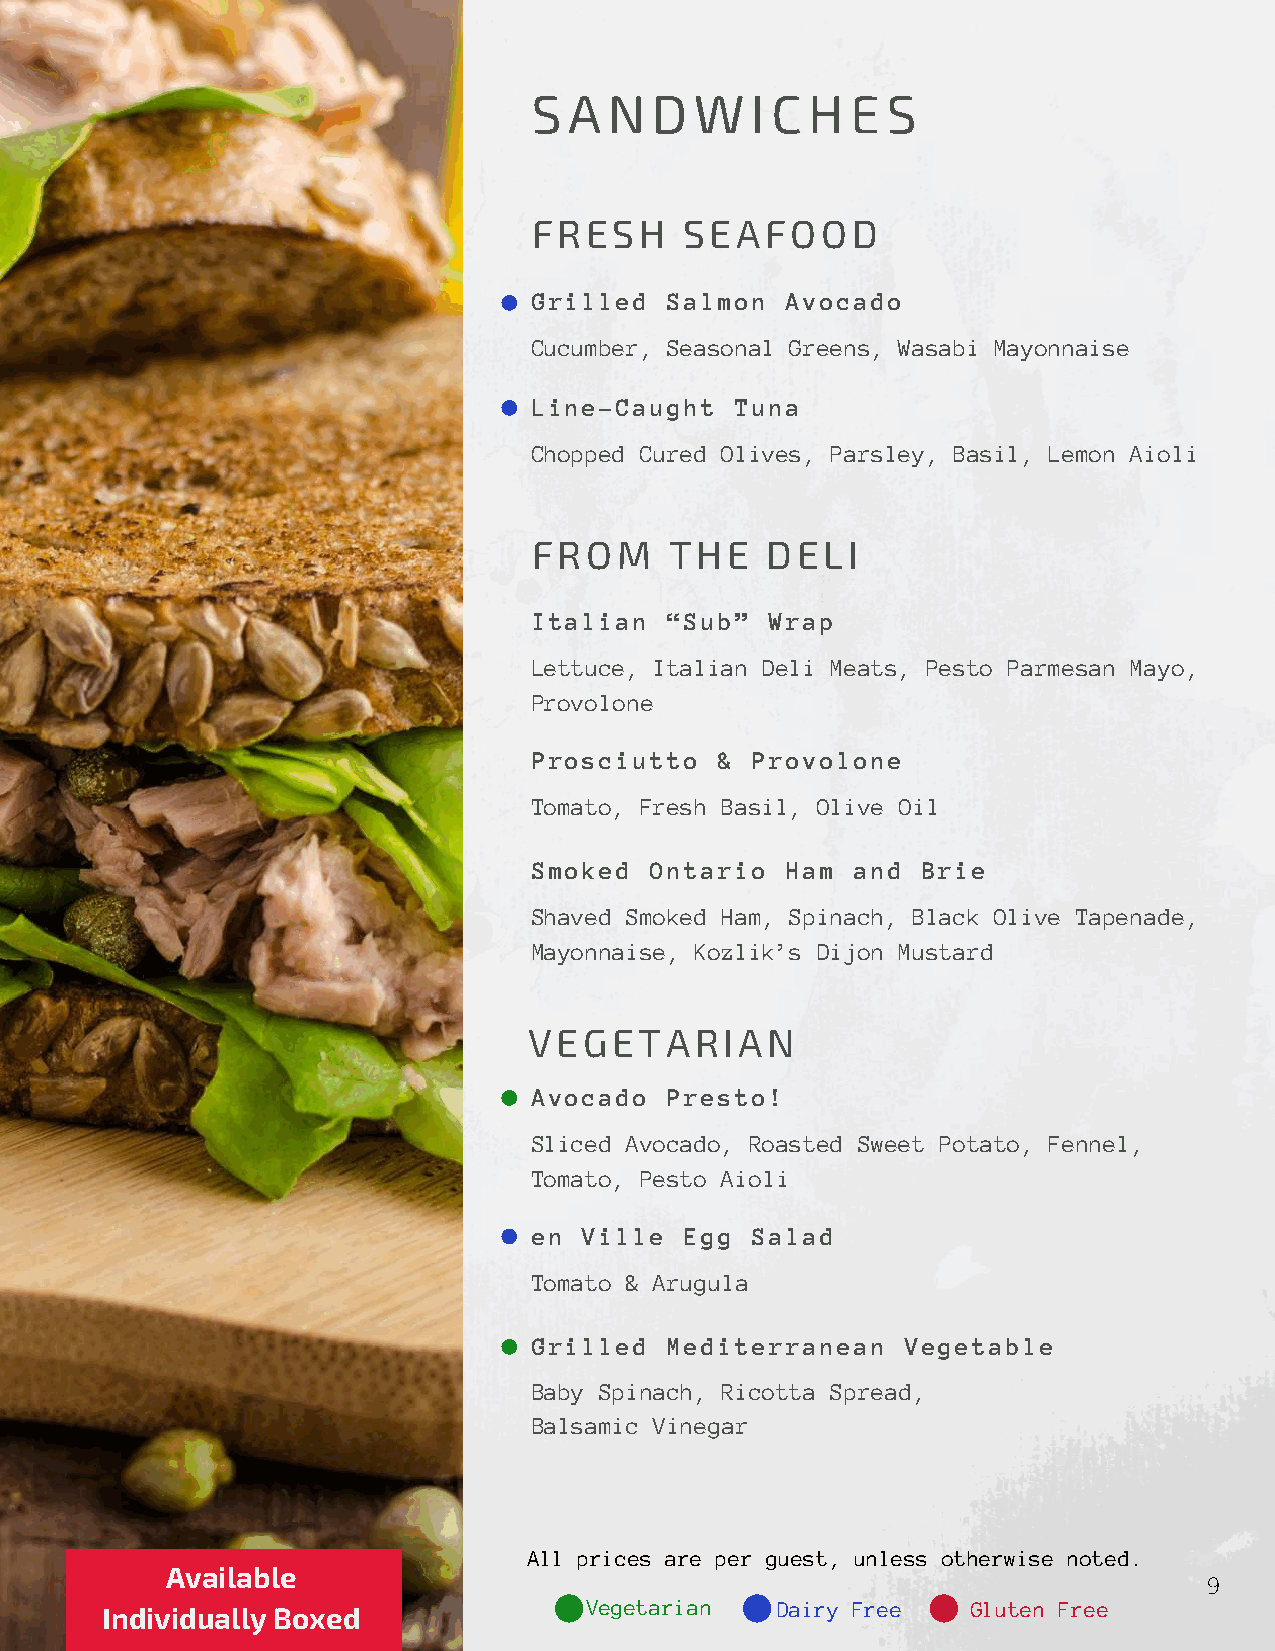
S  A N  D  W   I C H E  S
 FRESH     SEAFOOD
 Grilled  Salmon  Avocado
 Cucumber, Seasonal Greens, Wasabi Mayonnaise
 Line-Caught   Tuna
 Chopped Cured Olives, Parsley, Basil, Lemon Aioli
 FROM     THE    DELI
 Italian  “Sub”  Wrap
 Lettuce, Italian Deli Meats, Pesto Parmesan Mayo,
 Provolone
 Prosciutto   & Provolone
 Tomato, Fresh Basil, Olive Oil
 Smoked  Ontario  Ham  and Brie
 Shaved Smoked Ham, Spinach, Black Olive Tapenade,
 Mayonnaise, Kozlik’s Dijon Mustard
 VEGETARIAN
 Avocado  Presto!
 Sliced Avocado, Roasted Sweet Potato, Fennel,
 Tomato, Pesto Aioli
 en  Ville Egg  Salad
 Tomato & Arugula
 Grilled  Mediterranean   Vegetable
 Baby Spinach, Ricotta Spread,
 Balsamic Vinegar
 All prices are per guest, unless otherwise noted.
 Available
 9
 Vegetarian  Dairy Free   Gluten Free
 Individually Boxed